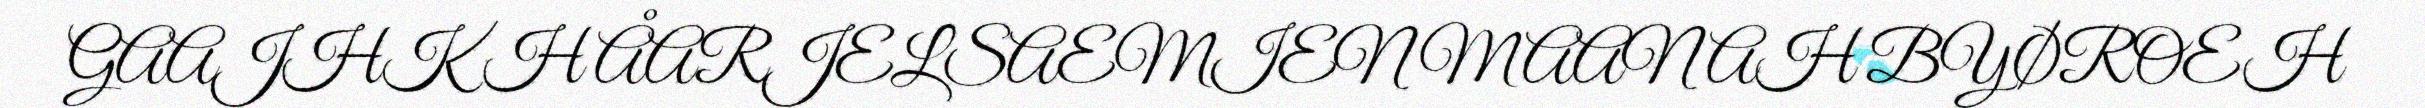
GAAJHKH ÅARJELSAEMIEN MAANAH BYØROEH